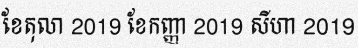
ខែតុលា 2019 ខែកញ្ញា 2019 សីហា 2019